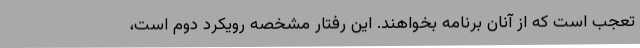
تعجب است که از آنان برنامه بخواهند. این رفتار مشخصه رویکرد دوم است،